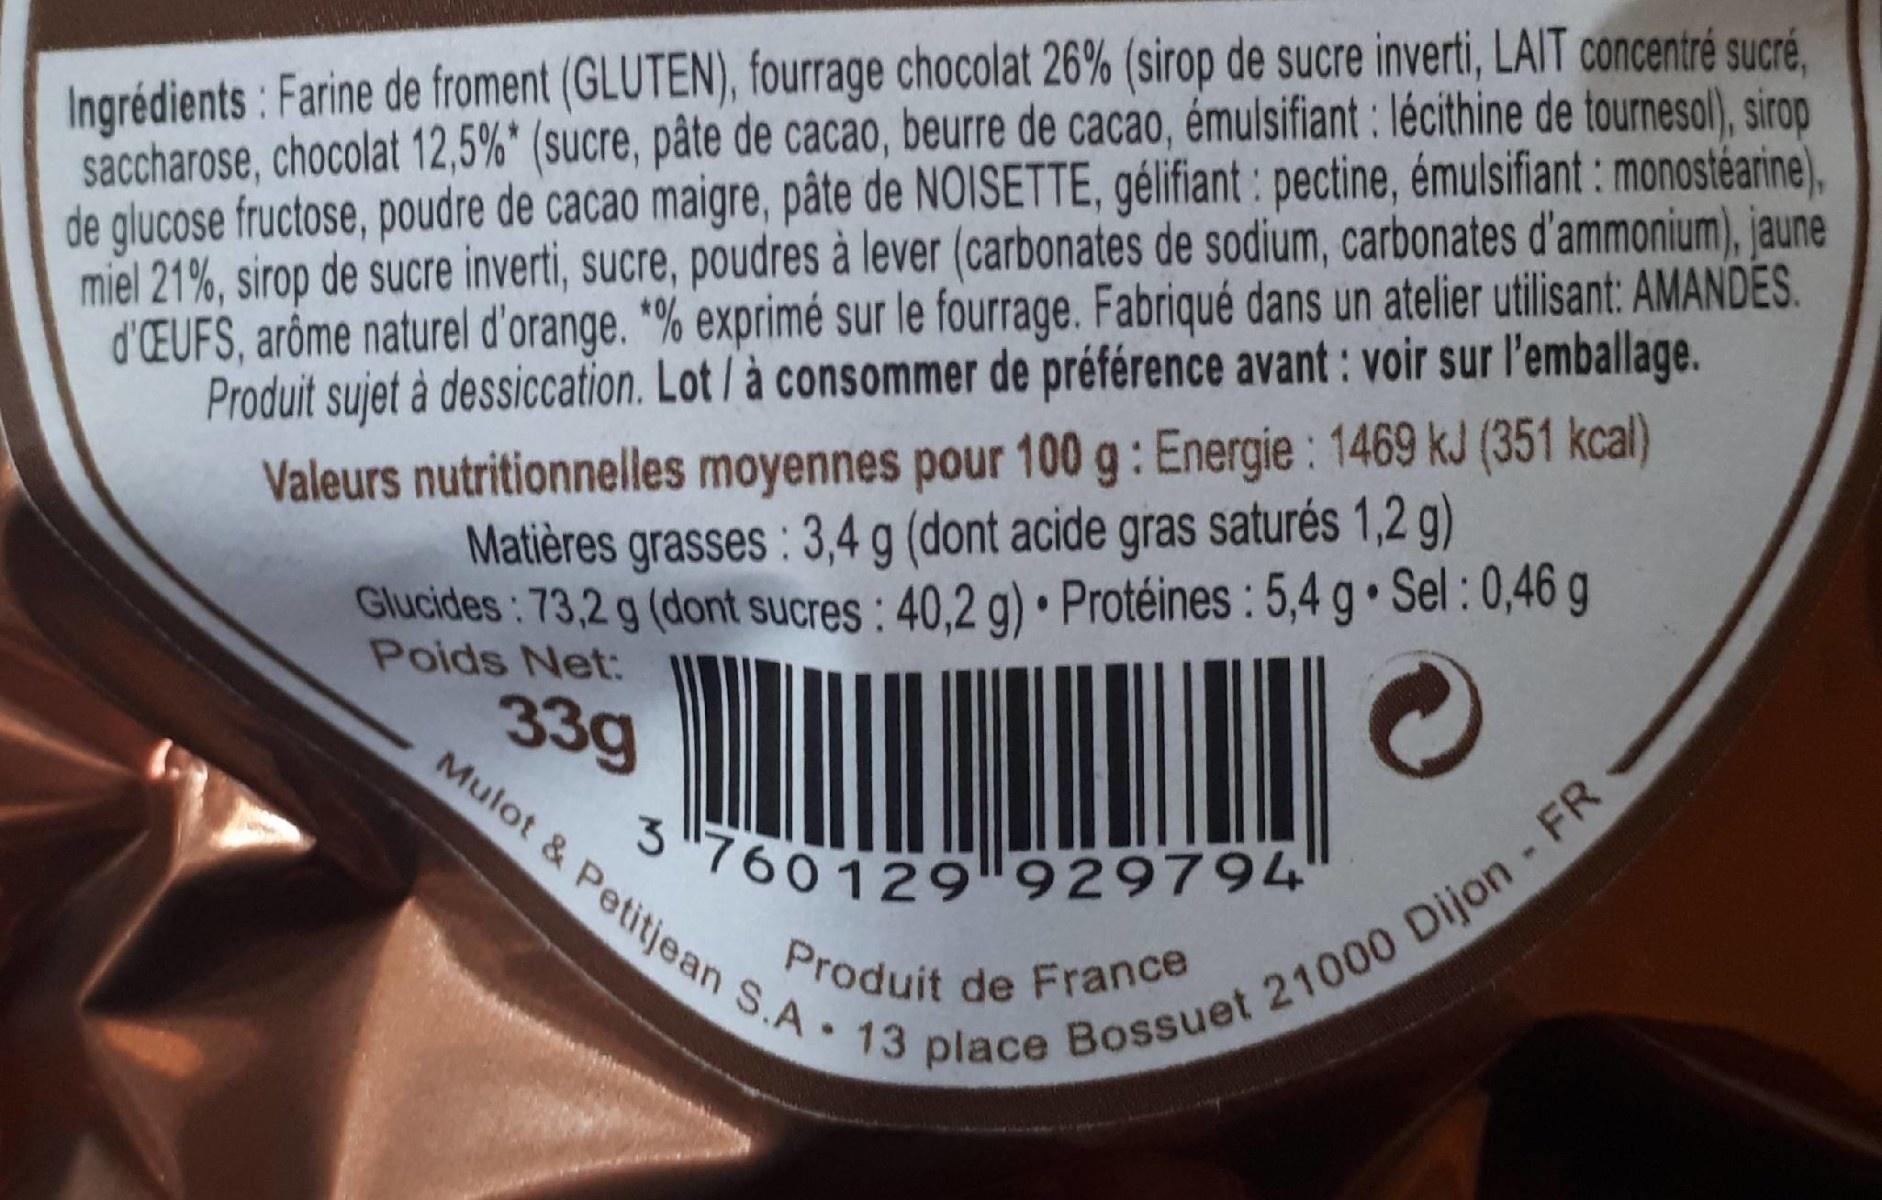
Ingrédients : Farine de froment (GLUTEN), fourrage chocolat 26% (sirop de sucre inverti, LAIT concentré sucré, saccharose, chocolat 12,5%* (sucre, pâte de cacao, beurre de cacao, émulsifiant : lécithine de tournesol), sirop de glucose fructose, poudre de cacao maigre, pâte de NOISETTE, gélifiant : pectine, émulsifiant : monostéarine), miel 21%, sirop de sucre inverti, sucre, poudres à lever (carbonates de sodium, carbonates d'ammonium), jaune d'CEUFS, arôme naturel d'orange. "% exprimé sur le fourrage. Fabriqué dans un atelier utilisant: AMANDES. Produit sujet à dessiccation. Lot/ à consommer de préférence avant : voir sur l'emballage. Valeurs nutritionnelles moyennes pour 100 g: Energie: 1469 kJ (351 kcal)
Matières grasses : 3,4 g (dont acide gras saturés 1,2 g)
Glucides: 73,2 g (dont sucres : 40,2 g) • Protéines: 5,4 g Sel : 0,46 g Poids Net:
33g
Mulot & Petitjean S.A • 13 place Bossuet 21000 Dijon - FR
3760129 929794"
Produit de France